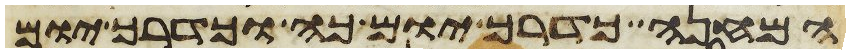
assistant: המחנה כדרך יום כה וכדרך יום